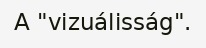
A "vizuálisság".